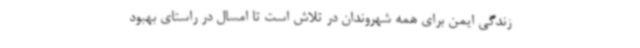
زندگی ایمن برای همه شهروندان در تلاش است تا امسال در راستای بهبود